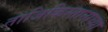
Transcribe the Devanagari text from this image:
ताजिकिस्तानाच्या